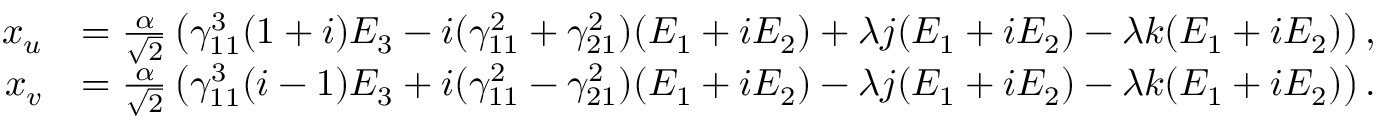
\begin{array} { r l } { x _ { u } } & { = \frac { \alpha } { \sqrt { 2 } } \left( \gamma _ { 1 1 } ^ { 3 } ( 1 + i ) E _ { 3 } - i ( \gamma _ { 1 1 } ^ { 2 } + \gamma _ { 2 1 } ^ { 2 } ) ( E _ { 1 } + i E _ { 2 } ) + \lambda j ( E _ { 1 } + i E _ { 2 } ) - \lambda k ( E _ { 1 } + i E _ { 2 } ) \right) , } \\ { x _ { v } } & { = \frac { \alpha } { \sqrt { 2 } } \left( \gamma _ { 1 1 } ^ { 3 } ( i - 1 ) E _ { 3 } + i ( \gamma _ { 1 1 } ^ { 2 } - \gamma _ { 2 1 } ^ { 2 } ) ( E _ { 1 } + i E _ { 2 } ) - \lambda j ( E _ { 1 } + i E _ { 2 } ) - \lambda k ( E _ { 1 } + i E _ { 2 } ) \right) . } \end{array}